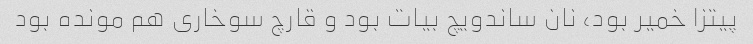
پیتزا خمیر بود، نان ساندویچ بیات بود و قارچ سوخاری هم مونده بود